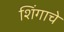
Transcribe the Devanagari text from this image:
शिंगाचे